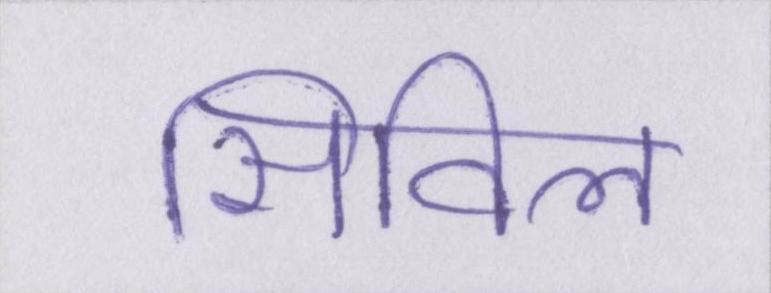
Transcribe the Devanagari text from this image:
सिविल